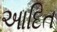
આદિત